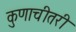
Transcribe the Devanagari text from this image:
कुणाचीतरी